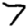
Digit: 7